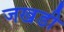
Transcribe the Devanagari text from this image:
जखडी